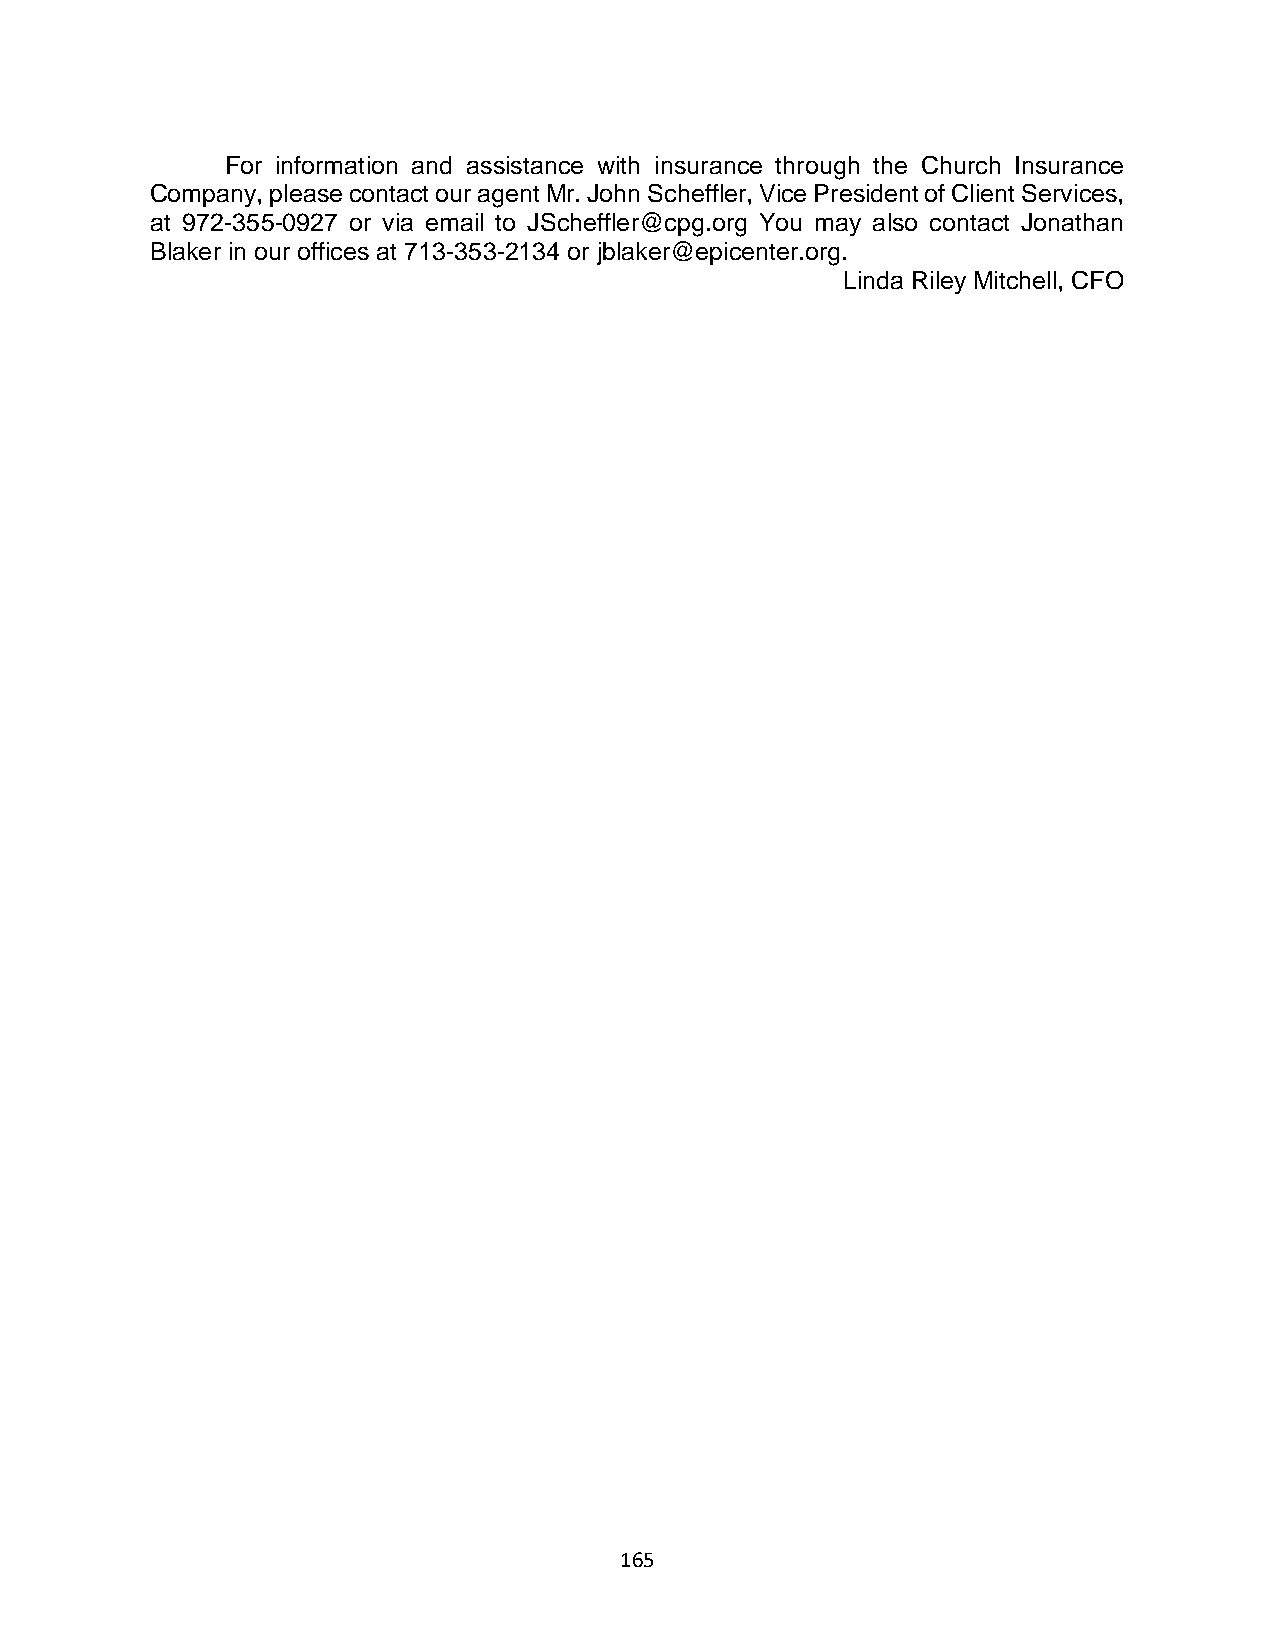
For information and assistance with insurance through the Church Insurance
 Company, please contact our agent Mr. John Scheffler, Vice President of Client Services,
 at 972-355-0927 or via email to JScheffler@cpg.org You may also contact Jonathan
 Blaker in our offices at 713-353-2134 or jblaker@epicenter.org.
 Linda Riley Mitchell, CFO
 165